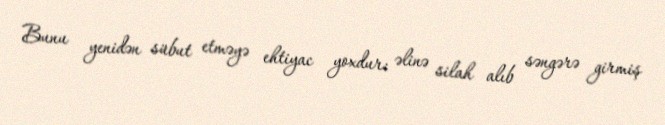
Bunu yenidən sübut etməyə ehtiyac yoxdur: əlinə silah alıb səngərə girmiş